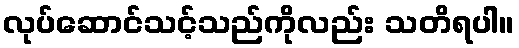
လုပ်ဆောင်သင့်သည်ကိုလည်း သတိရပါ။